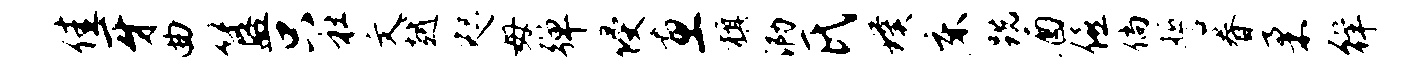
佳牙曲簋只社文越咫毋弹侵惠旗泐氏璞床跣酒僖倘誓眷柔徉